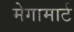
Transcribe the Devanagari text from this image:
मेगामार्ट